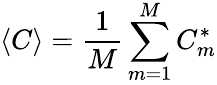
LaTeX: \langle C\rangle=\frac{1}{M}\sum_{m=1}^{M}C_{m}^{*}